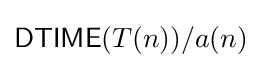
{\mathsf {DTIME}}(T(n))/a(n)